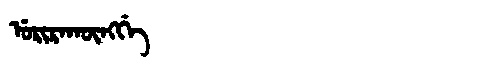
Manchu: ᡠᡵᡳᡵᠠᡴᡡᠩᡤᡝ
Romanization: URIRAKŪNGGE